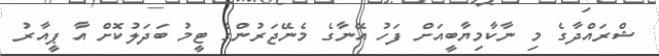
ޝްރައްދާގެ މި ނާކާމިޔާބީއަށް ފަހު އޭނާގެ މެނޭޖަރުންގެ ޓީމު ބަދަލުކޮށް އާ ޕީއާރު